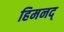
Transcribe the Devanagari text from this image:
हिमनद्